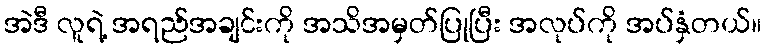
အဲဒီ လူရဲ့ အရည်အချင်းကို အသိအမှတ်ပြုပြီး အလုပ်ကို အပ်နှံတယ်။